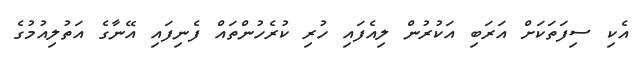
އެކި ސިފަތަކަށް އަރަބި އަކުރުން ލިއެފައި ހުރި ކުރެހުންތައް ފެނިފައި އޭނާގެ އަތުލިއުމުގެ